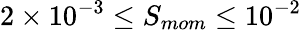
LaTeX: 2\times 10^{-3}\leq S_{mom}\leq 10^{-2}